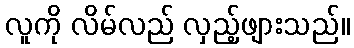
လူကို လိမ်လည် လှည့်ဖျားသည်။